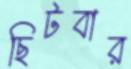
ছিটবার